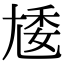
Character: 𡯵